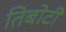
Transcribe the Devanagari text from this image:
तिबोटी